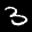
Label: 3